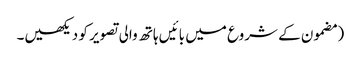
‏ (‏مضمون کے شروع میں بائیں ہاتھ والی تصویر کو دیکھیں۔